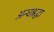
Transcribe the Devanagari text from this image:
अन्धश्रद्धा